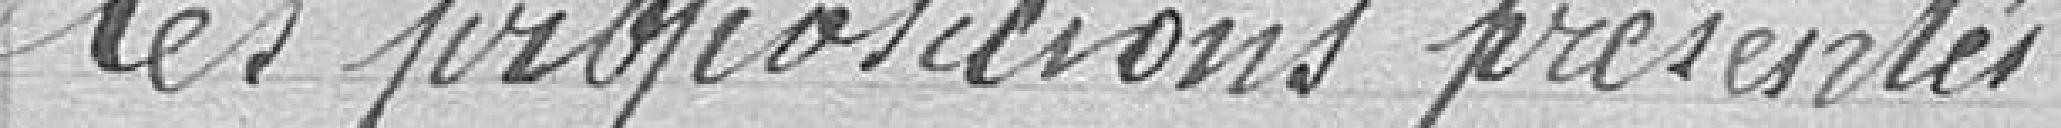
les propositions présentés.